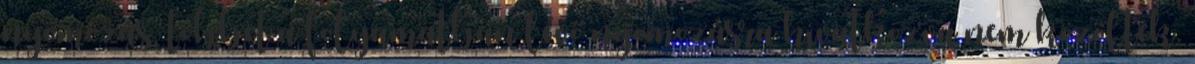
nyomozás, többet a folyamatban lévő nyomozásra hivatkozva nem közöltek.